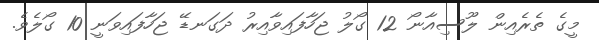
މީގެ ތެރެއިން ލޫސިއާނޯ 12 ގޯލު ޖަހާފައިވާއިރު ދަގަނޑޭ ޖަހާފައިވަނީ 10 ގޯލެވެ.